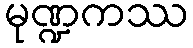
မုဏ္ဍကဿ